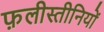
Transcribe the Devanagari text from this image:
फ़लीस्तीनियों